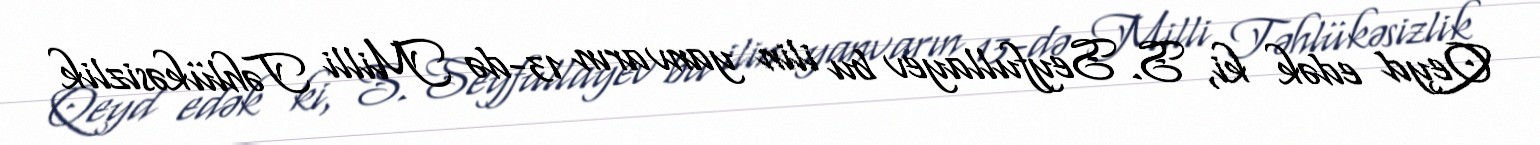
Qeyd edək ki, S. Seyfullayev bu ilin yanvarın 13-də Milli Təhlükəsizlik